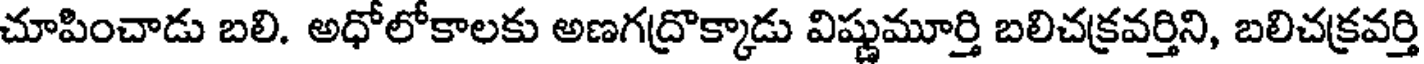
చూపించాడు బలి. అధోలోకాలకు అణగద్రొక్కాడు విష్ణుమూర్తి బలిచక్రవర్తిని, బలిచక్రవర్తి